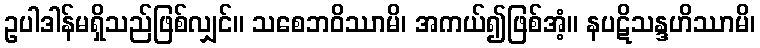
ဥပါဒါန်မရှိသည်ဖြစ်လျှင်။ သစေဘဝိဿာမိ၊ အကယ်၍ဖြစ်အံ့။ နပဋိသန္ဒဟိဿာမိ၊